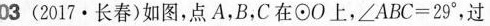
03 (2017\cdot长春)如图，点A，B，C在⊙O上，$$∠ A B C = 2 9 °$$，过